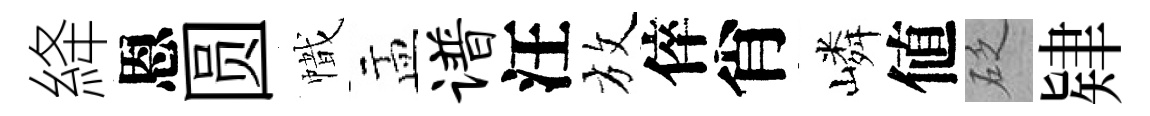
絳恩圆幟盂谱汪放倅肖嶙値砭肄